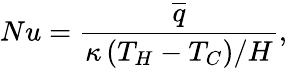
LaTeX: Nu=\frac{\overline{{q}}}{\kappa\left(T_{H}-T_{C}\right)/H},